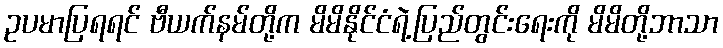
ဥပမာပြရရင် ဗီယက်နမ်တို့က မိမိနိုင်ငံရဲ့ပြည်တွင်းရေးကို မိမိတို့ဘာသာ